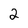
Character: 2